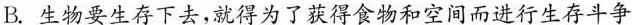
B.生物要生存下去，就得为了获得食物和空间而进行生存斗争